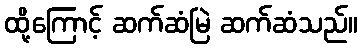
ထို့ကြောင့် ဆက်ဆံမြဲ ဆက်ဆံသည်။